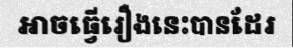
អាចធ្វើរឿងនេះបានដែរ